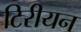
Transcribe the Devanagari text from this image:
टिरीयन